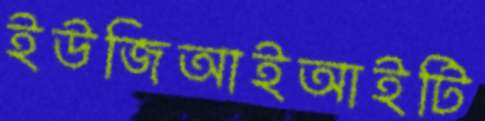
ইউজিআইআইটি